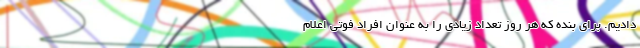
دادیم. برای بنده که هر روز تعداد زیادی را به عنوان افراد فوتی اعلام